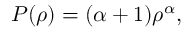
P ( \rho ) = ( \alpha + 1 ) \rho ^ { \alpha } ,